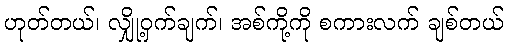
ဟုတ်တယ်၊ လျှို့ဝှက်ချက်၊ အစ်ကို့ကို စကားလက် ချစ်တယ်